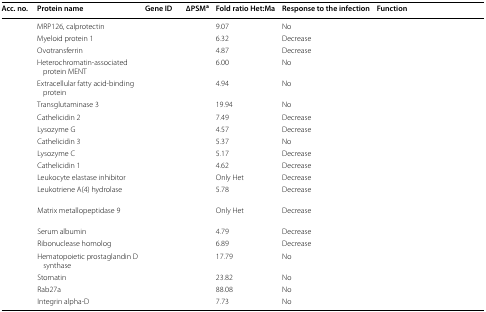
<table><thead><tr><td><b>Acc. no.</b></td><td><b>Protein name</b></td><td><b>Gene ID</b></td><td><b>∆PSM<sup>a</sup></b></td><td><b>Fold ratio Het:Ma</b></td><td><b>Response to the infection</b></td><td><b>Function</b></td></tr></thead><tbody><tr><td>[EMPTY_CELL]</td><td>MRP126, calprotectin</td><td>[EMPTY_CELL]</td><td>[EMPTY_CELL]</td><td>9.07</td><td>No</td><td>[EMPTY_CELL]</td></tr><tr><td>[EMPTY_CELL]</td><td>Myeloid protein 1</td><td>[EMPTY_CELL]</td><td>[EMPTY_CELL]</td><td>6.32</td><td>Decrease</td><td>[EMPTY_CELL]</td></tr><tr><td>[EMPTY_CELL]</td><td>Ovotransferrin</td><td>[EMPTY_CELL]</td><td>[EMPTY_CELL]</td><td>4.87</td><td>Decrease</td><td>[EMPTY_CELL]</td></tr><tr><td>[EMPTY_CELL]</td><td>Heterochromatin-associated protein MENT</td><td>[EMPTY_CELL]</td><td>[EMPTY_CELL]</td><td>6.00</td><td>No</td><td>[EMPTY_CELL]</td></tr><tr><td>[EMPTY_CELL]</td><td>Extracellular fatty acid-binding protein</td><td>[EMPTY_CELL]</td><td>[EMPTY_CELL]</td><td>4.94</td><td>No</td><td>[EMPTY_CELL]</td></tr><tr><td>[EMPTY_CELL]</td><td>Transglutaminase 3</td><td>[EMPTY_CELL]</td><td>[EMPTY_CELL]</td><td>19.94</td><td>No</td><td>[EMPTY_CELL]</td></tr><tr><td>[EMPTY_CELL]</td><td>Cathelicidin 2</td><td>[EMPTY_CELL]</td><td>[EMPTY_CELL]</td><td>7.49</td><td>Decrease</td><td>[EMPTY_CELL]</td></tr><tr><td>[EMPTY_CELL]</td><td>Lysozyme G</td><td>[EMPTY_CELL]</td><td>[EMPTY_CELL]</td><td>4.57</td><td>Decrease</td><td>[EMPTY_CELL]</td></tr><tr><td>[EMPTY_CELL]</td><td>Cathelicidin 3</td><td>[EMPTY_CELL]</td><td>[EMPTY_CELL]</td><td>5.37</td><td>No</td><td>[EMPTY_CELL]</td></tr><tr><td>[EMPTY_CELL]</td><td>Lysozyme C</td><td>[EMPTY_CELL]</td><td>[EMPTY_CELL]</td><td>5.17</td><td>Decrease</td><td>[EMPTY_CELL]</td></tr><tr><td>[EMPTY_CELL]</td><td>Cathelicidin 1</td><td>[EMPTY_CELL]</td><td>[EMPTY_CELL]</td><td>4.62</td><td>Decrease</td><td>[EMPTY_CELL]</td></tr><tr><td>[EMPTY_CELL]</td><td>Leukocyte elastase inhibitor</td><td>[EMPTY_CELL]</td><td>[EMPTY_CELL]</td><td>Only Het</td><td>Decrease</td><td>[EMPTY_CELL]</td></tr><tr><td>[EMPTY_CELL]</td><td>Leukotriene A(4) hydrolase</td><td>[EMPTY_CELL]</td><td>[EMPTY_CELL]</td><td>5.78</td><td>Decrease</td><td>[EMPTY_CELL]</td></tr><tr><td>[EMPTY_CELL]</td><td>Matrix metallopeptidase 9</td><td>[EMPTY_CELL]</td><td>[EMPTY_CELL]</td><td>Only Het</td><td>Decrease</td><td>[EMPTY_CELL]</td></tr><tr><td>[EMPTY_CELL]</td><td>Serum albumin</td><td>[EMPTY_CELL]</td><td>[EMPTY_CELL]</td><td>4.79</td><td>Decrease</td><td>[EMPTY_CELL]</td></tr><tr><td>[EMPTY_CELL]</td><td>Ribonuclease homolog</td><td>[EMPTY_CELL]</td><td>[EMPTY_CELL]</td><td>6.89</td><td>Decrease</td><td>[EMPTY_CELL]</td></tr><tr><td>[EMPTY_CELL]</td><td>Hematopoietic prostaglandin D synthase</td><td>[EMPTY_CELL]</td><td>[EMPTY_CELL]</td><td>17.79</td><td>No</td><td>[EMPTY_CELL]</td></tr><tr><td>[EMPTY_CELL]</td><td>Stomatin</td><td>[EMPTY_CELL]</td><td>[EMPTY_CELL]</td><td>23.82</td><td>No</td><td>[EMPTY_CELL]</td></tr><tr><td>[EMPTY_CELL]</td><td>Rab27a</td><td>[EMPTY_CELL]</td><td>[EMPTY_CELL]</td><td>88.08</td><td>No</td><td>[EMPTY_CELL]</td></tr><tr><td>[EMPTY_CELL]</td><td>Integrin alpha-D</td><td>[EMPTY_CELL]</td><td>[EMPTY_CELL]</td><td>7.73</td><td>No</td><td>[EMPTY_CELL]</td></tr></tbody></table>